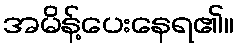
အမိန့်ပေးနေရ၏။